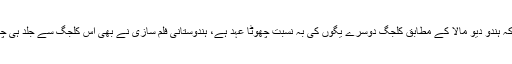
لیکن جیسا کہ ہندو دیو مالا کے مطابق کلجگ دوسرے یگوں کی بہ نسبت چھوٹا عہد ہے، ہندوستانی فلم سازی نے بھی اس کلجگ سے جلد ہی چھٹکارا پالیا۔